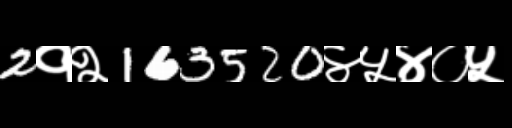
Text: 2१२163520४५४०५